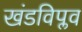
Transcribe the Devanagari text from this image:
खंडविप्लव